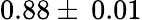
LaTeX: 0.88\pm\: 0.01